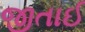
જીતાઈ